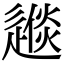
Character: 𨕪